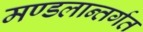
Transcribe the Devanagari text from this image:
मण्डलान्तर्गत